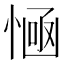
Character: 𢞊